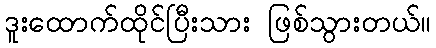
ဒူးထောက်ထိုင်ပြီးသား ဖြစ်သွားတယ်။